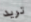
تريد